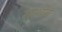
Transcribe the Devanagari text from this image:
रसभोग